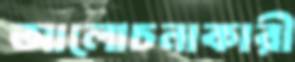
আলোচনাকারী